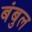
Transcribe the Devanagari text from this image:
बंबुल